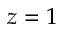
z = 1